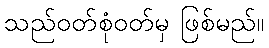
သည်ဝတ်စုံဝတ်မှ ဖြစ်မည်။